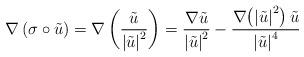
LaTeX: \begin{align*} \nabla \left( \sigma\circ\tilde{u} \right) = \nabla \left( \frac{\tilde{u} }{ \left\vert \tilde{u} \right\vert^2 } \right) = \frac{ \nabla \tilde{u} }{ \left\vert \tilde{u} \right\vert^2 } - \frac{ \nabla{ \left( \left\vert \tilde{u} \right\vert^2 \right) \tilde{u}}}{ \left\vert \tilde{u} \right\vert^4 } \end{align*}